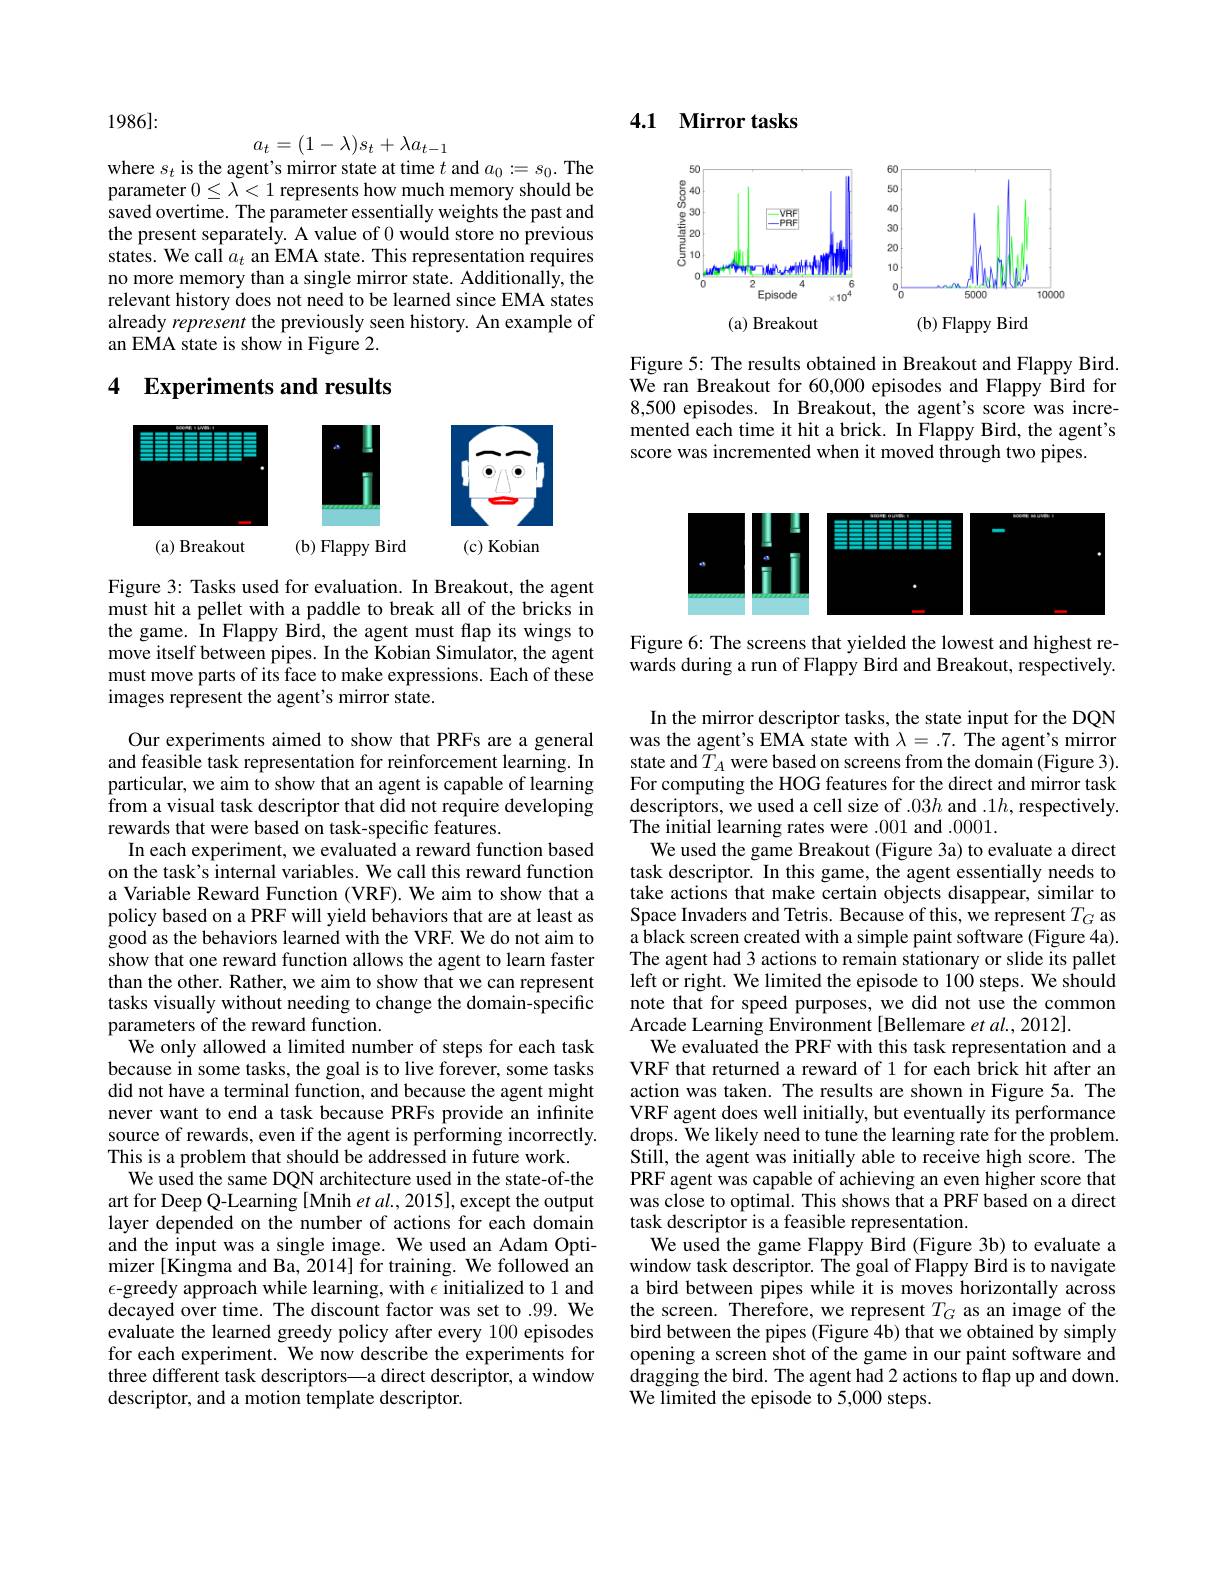
1986]:
$$a_t=(1-\lambda)s_t+\lambda a_{t-1}$$
where $s_t$ is the agent's mirror state at time $t$ and $a_0:=s_0.$ The

parameter $0\leq\bar{\lambda}<1$ represents how much memory should be saved overtime. The parameter essentially weights the past and the present separately. A value of 0 would store no previous states. We call $a_t$ an EMA state. This representation requires no more memory than a single mirror state. Additionally, the relevant history does not need to be learned since EMA states already represent the previously seen history. An example of an EMA state is show in Figure 2.

## 4 Experiments and results

<FigureHere>

Figure 3: Tasks used for evaluation. In Breakout, the agent must hit a pellet with a paddle to break all of the bricks in the game. In Flappy Bird, the agent must flap its wings to move itself between pipes. In the Kobian Simulator, the agent must move parts of its face to make expressions. Each of these images represent the agent's mirror state.

Our experiments aimed to show that PRFs are a general and feasible task representation for reinforcement learning. In particular, we aim to show that an agent is capable of learning $\hat{f}$rom a visual task descriptor that did not require developing rewards that were based on task-specific features.
In each experiment, we evaluated a reward function based on the task's internal variables. We call this reward function a Variable Reward Function (VRF). We aim to show that a policy based on a PRF will yield behaviors that are at least as good as the behaviors learned with the VRF. We do not aim to show that one reward function allows the agent to learn faster than the other. Rather, we aim to show that we can represent tasks visually without needing to change the domain-specific parameters of the reward function.
We only allowed a limited number of steps for each task because in some tasks, the goal is to live forever, some tasks did not have a terminal function, and because the agent might never want to end a task because PRFs provide an infinite source of rewards, even if the agent is performing incorrectly. This is a problem that should be addressed in future work.
We used the same DQN architecture used in the state-of-the art for Deep Q-Learning [Mnih et al., 2015], except the output layer depended on the number of actions for each domain and the input was a single image. We used an Adam Optimizer [Kingma and Ba, 2014] for training. We followed an $\epsilon$-greedy approach while learning, with $\epsilon$ initialized to 1 and decayed over time. The discount factor was set to .99. We evaluate the learned greedy policy after every 100 episodes for each experiment. We now describe the experiments for three different task descriptors—a direct descriptor, a window descriptor, and a motion template descriptor.

## 4.1 Mirror tasks

<FigureHere>

Figure 5: The results obtained in Breakout and Flappy Bird. We ran Breakout for 60,000 episodes and Flappy Bird for 8,500 episodes. In Breakout, the agent's score was incremented each time it hit a brick. In Flappy Bird, the agent's score was incremented when it moved through two pipes.

<FigureHere>

Figure 6: The screens that yielded the lowest and highest rewards during a run of Flappy Bird and Breakout, respectively.

In the mirror descriptor tasks, the state input for the DQN was the agent's EMA state with $\lambda=.7.$ The agent's mirror state and$T_A$ were based on screens from the domain (Figure 3). For computing the HOG features for the direct and mirror task descriptors, we used a cell size of .03$h$ and .1$h$,respectively. The initial learning rates were .001 and .0001.
We used the game Breakout (Figure 3a) to evaluate a direct task descriptor. In this game, the agent essentially needs to take actions that make certain objects disappear, similar to Space Invaders and Tetris. Because of this, we represent $T_G$ as a black screen created with a simple paint software (Figure 4a). The agent had 3 actions to remain stationary or slide its pallet left or right. We limited the episode to 100 steps. We should note that for speed purposes, we did not use the common Arcade Learning Environment [Bellemare et al., 2012]
We evaluated the PRF with this task representation and a VRF that returned a reward of 1 for each brick hit after an action was taken. The results are shown in Figure 5a. The VRF agent does well initially, but eventually its performance drops. We likely need to tune the learning rate for the problem. Still, the agent was initially able to receive high score. The PRF agent was capable of achieving an even higher score that was close to optimal. This shows that a PRF based on a direct task descriptor is a feasible representation.
We used the game Flappy Bird (Figure 3b) to evaluate a window task descriptor. The goal of Flappy Bird is to navigate a bird between pipes while it is moves horizontally across the screen. Therefore, we represent $T_G$ as an image of the bird between the pipes (Figure 4b) that we obtained by simply opening a screen shot of the game in our paint software and dragging the bird. The agent had 2 actions to flap up and down. We limited the episode to 5,000 steps.